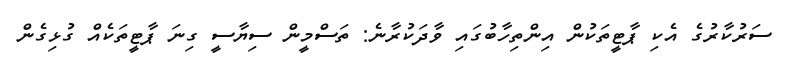
ސަރުކާރުގެ އެކި ޕާޓީތަކުން އިންތިހާބުގައި ވާދަކުރާނެ: ތަސްމީން ސިޔާސީ ގިނަ ޕާޓީތަކެއް ގުޅިގެން